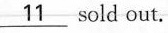
\underline{11} sold out.